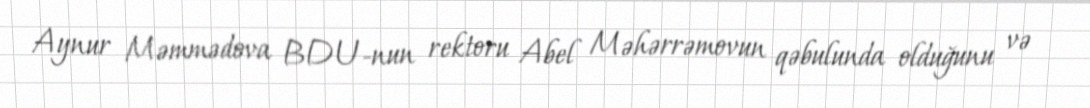
Aynur Məmmədova BDU-nun rektoru Abel Məhərrəmovun qəbulunda olduğunu və